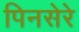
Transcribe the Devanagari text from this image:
पिनसेरे